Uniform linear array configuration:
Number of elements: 4
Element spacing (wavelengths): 0.75
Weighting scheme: hamming
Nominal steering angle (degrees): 30
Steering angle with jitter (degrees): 30.642
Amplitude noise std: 0.05
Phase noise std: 0.05

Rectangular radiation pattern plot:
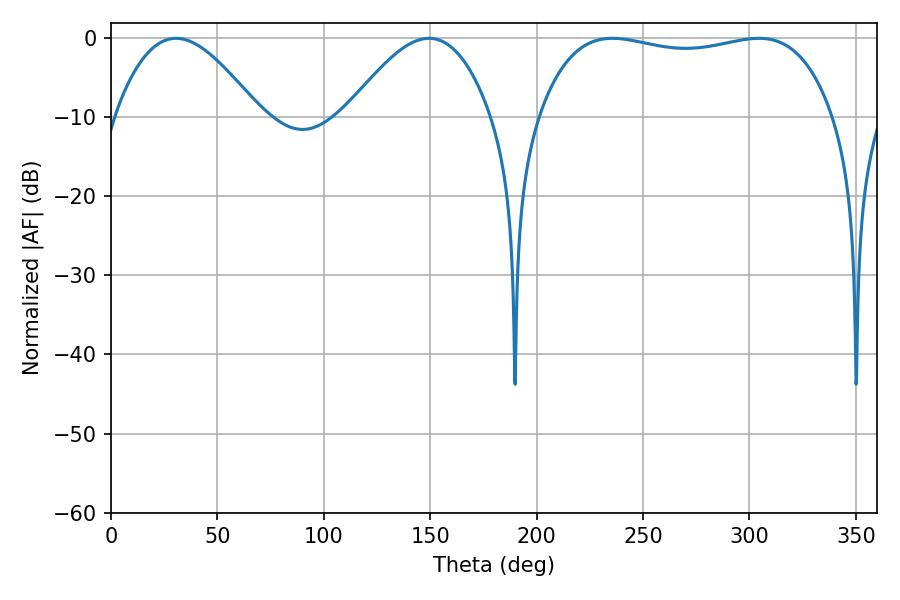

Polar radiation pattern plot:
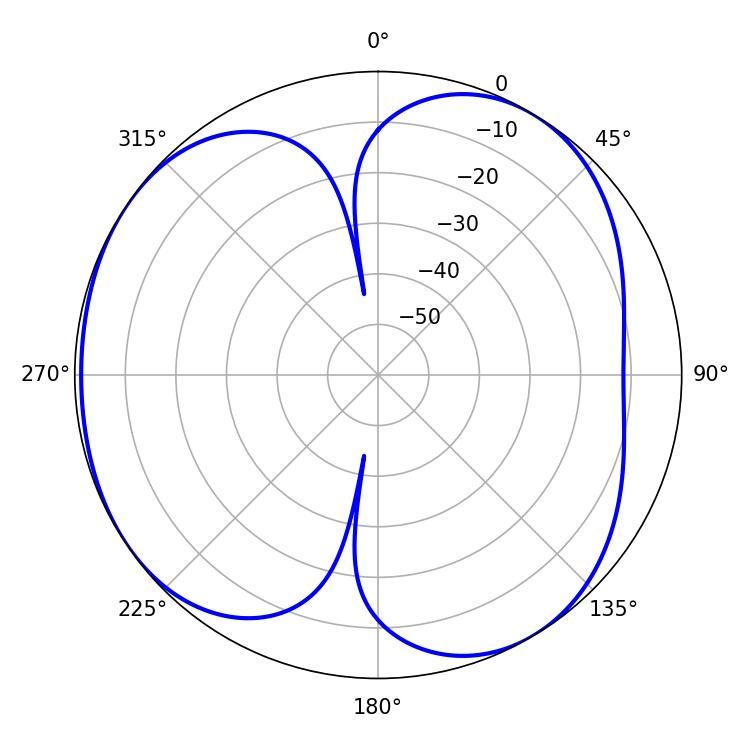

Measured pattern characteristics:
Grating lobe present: TRUE
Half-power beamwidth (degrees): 111.6
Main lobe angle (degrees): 235.62